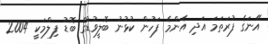
އޭނަގެ ފުރަތަމަ އަދި އެންމެ ފަހުން ކުޅުނު ބޮލީވުޑްގެ ބޮޑު ފިލްމަކީ 2004